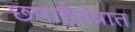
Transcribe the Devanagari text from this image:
छपाईतंत्रात